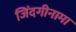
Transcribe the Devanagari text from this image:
जिंदगीनामा